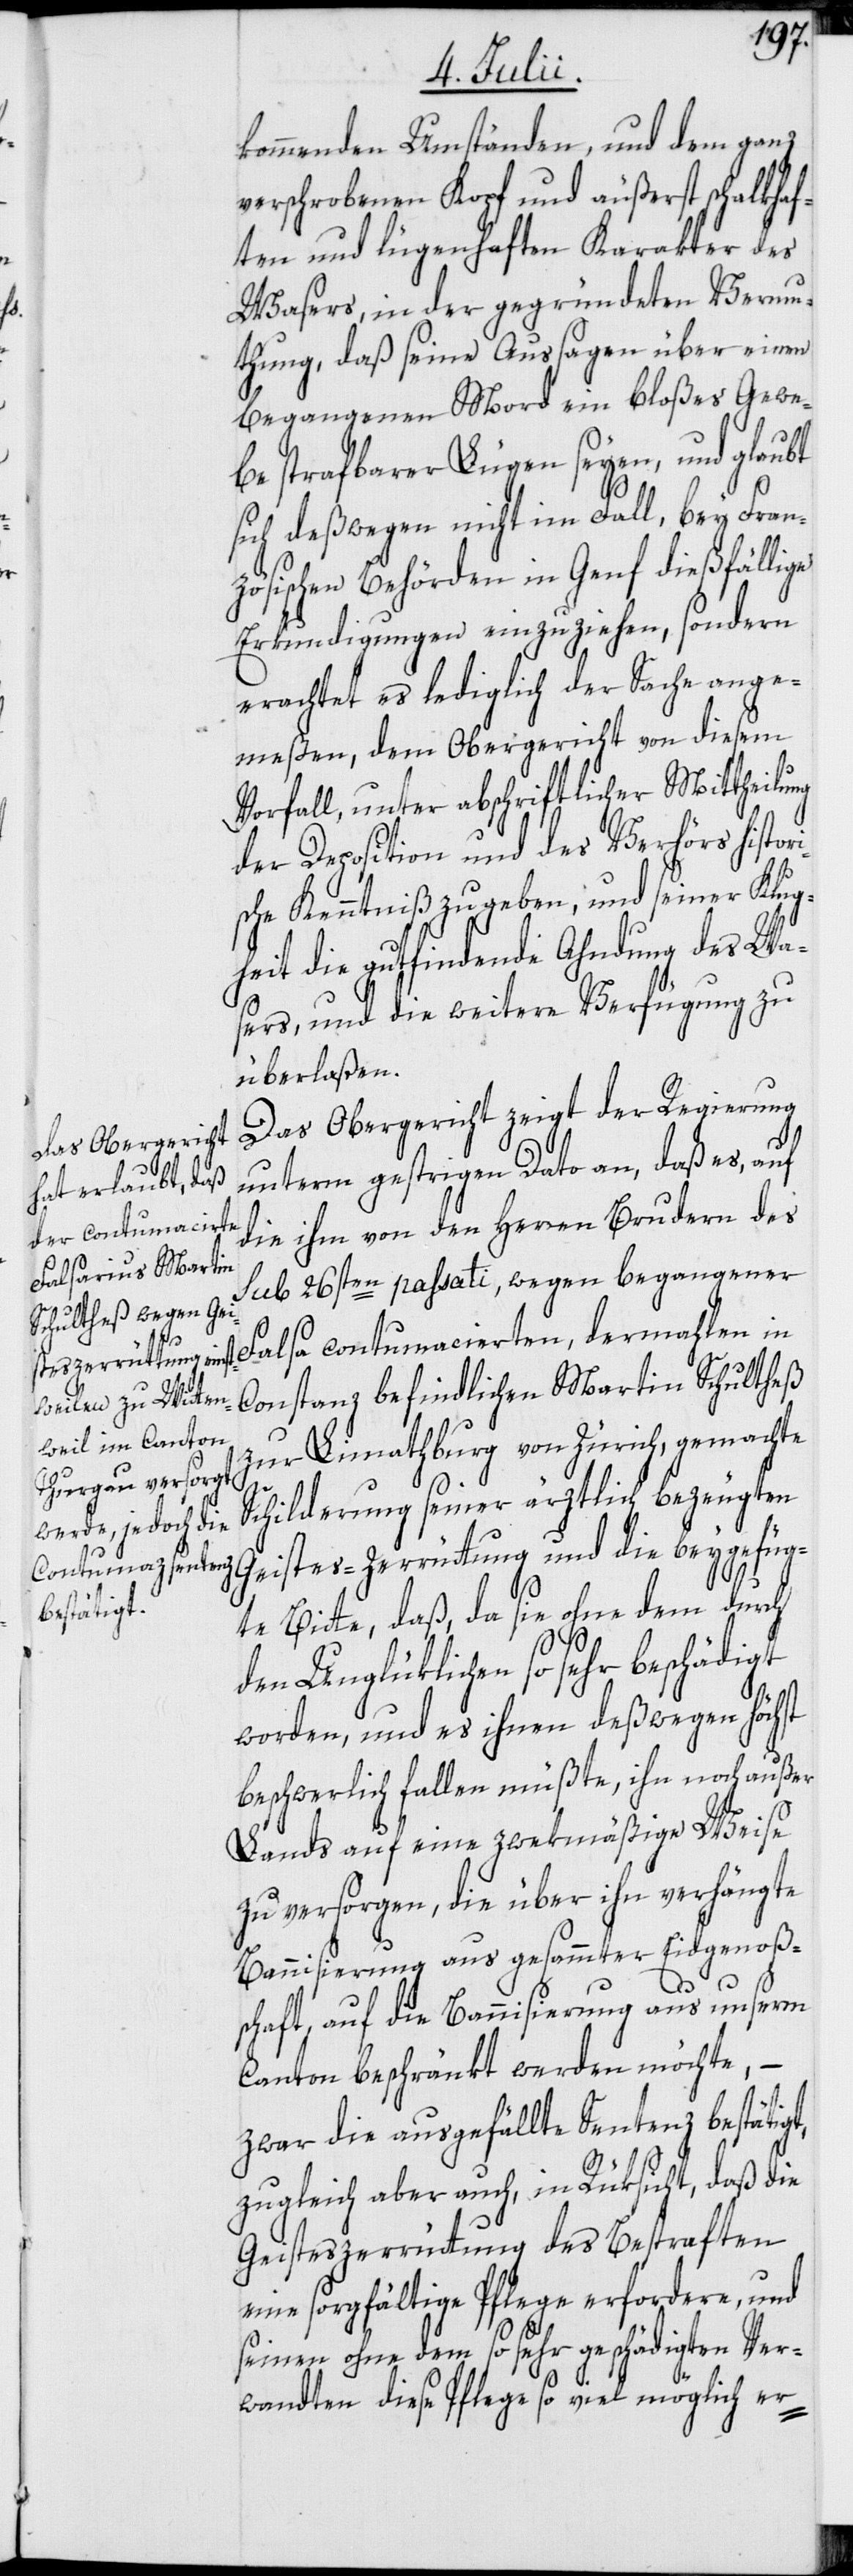
kommenden Umständen, und dem ganz
verschrobenen Kopf und äußerst schalkhaf¬
ten und lügenhaften Karakter des
Wasers, in der gegründeten Vermu¬
thung, daß seine Aussagen über einen
begangenen Mord ein bloßes Gewe¬
be strafbarer Lügen seyen, und glaubt
sich deßwegen nicht im Fall, bey Fran¬
zösischen Behörden in Genf dießfällige
Erkundigungen einzuziehen, sondern
erachtet es lediglich der Sache ange¬
meßen, dem Obergericht von diesem
Vorfall, unter abschriftlicher Mittheilung
der Deposition und des Verhörs histori¬
sche Kenntniß zu geben, und seiner Klug¬
heit die gutfindende Ahndung des Wa¬
sers, und die weitere Verfügung zu
überlaßen.
Das Obergericht zeigt der Regierung
unterm gestrigen Dato an, daß es, auf
die ihm von den Herren Brudern des
sub 26sten passati, wegen begangener
Falsa contumacierten, dermahlen in
Constanz befindlichen Martin Schultheß
zur Limathburg von Zürich, gemachte
Schilderung seiner ärztlich bezeugten
Geistes-Zerrütung und die beygefüg¬
te Bitte, daß, da sie ohne dem durch
den Unglüklichen so sehr beschädigt
worden, und es ihnen deßwegen höchst
beschwerlich fallen müßte, ihn noch außer
Lands auf eine zwekmäßige Weise
zu versorgen, die über ihn verhängte
Bannisierung aus gesammter Eidgenoß¬
schaft, auf die Bannisierung aus unserm
Canton beschränkt werden möchte, –
zwar die ausgefällte Sentenz bestätigt,
zugleich aber auch, in Rüksicht, daß die
Geisteszerrüttung des Bestraften
eine sorgfältige Pflege erfordere, und
seinen ohne dem so sehr geschädigten Ver¬
wandten diese Pflege so viel möglich er-